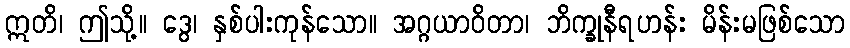
ဣတိ၊ ဤသို့။ ဒွေ၊ နှစ်ပါးကုန်သော။ အဂ္ဂယာဝိတာ၊ ဘိက္ခုနီရဟန်း မိန်းမဖြစ်သော